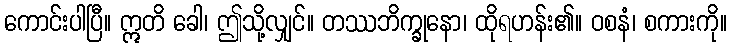
ကောင်းပါပြီ။ ဣတိ ခေါ၊ ဤသို့လျှင်။ တဿဘိက္ခုနော၊ ထိုရဟန်း၏။ ဝစနံ၊ စကားကို။